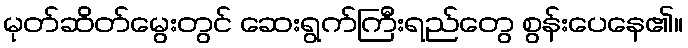
မုတ်ဆိတ်မွေးတွင် ဆေးရွက်ကြီးရည်တွေ စွန်းပေနေ၏။